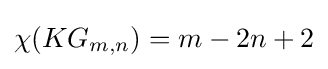
\chi (KG_{m,n})=m-2n+2